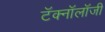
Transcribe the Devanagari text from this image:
टॅक्नॉलॉजी